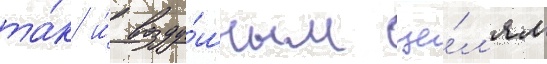
та́к и́ возду́шным це́л'ям